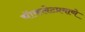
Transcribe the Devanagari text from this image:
चॅाकलेटप्रमाणे